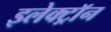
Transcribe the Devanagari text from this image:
इलेक्ट्राॅन